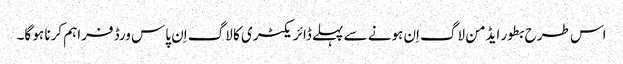
اس طرح بطور ایڈمن لاگ اِن ہونے سے پہلے ڈائریکٹری کا لاگ اِن پاس ورڈ فراہم کرنا ہو گا۔